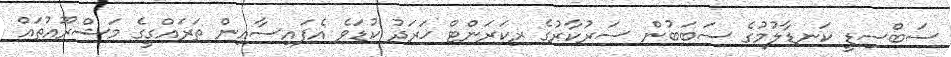
ސަބްސިޑީ ކަނޑާލުމުގެ ސަބަބުން ސަރުކާރުގެ ރިކަރަންޓް ޚަރަދު ކުޑަވެ އެފައިސާއިން ތަރައްގީގެ މަޝްރޫއުތައް